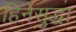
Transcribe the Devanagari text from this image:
हिनेसुद्धा